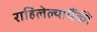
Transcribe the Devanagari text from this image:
राहिलेल्यापैंकी